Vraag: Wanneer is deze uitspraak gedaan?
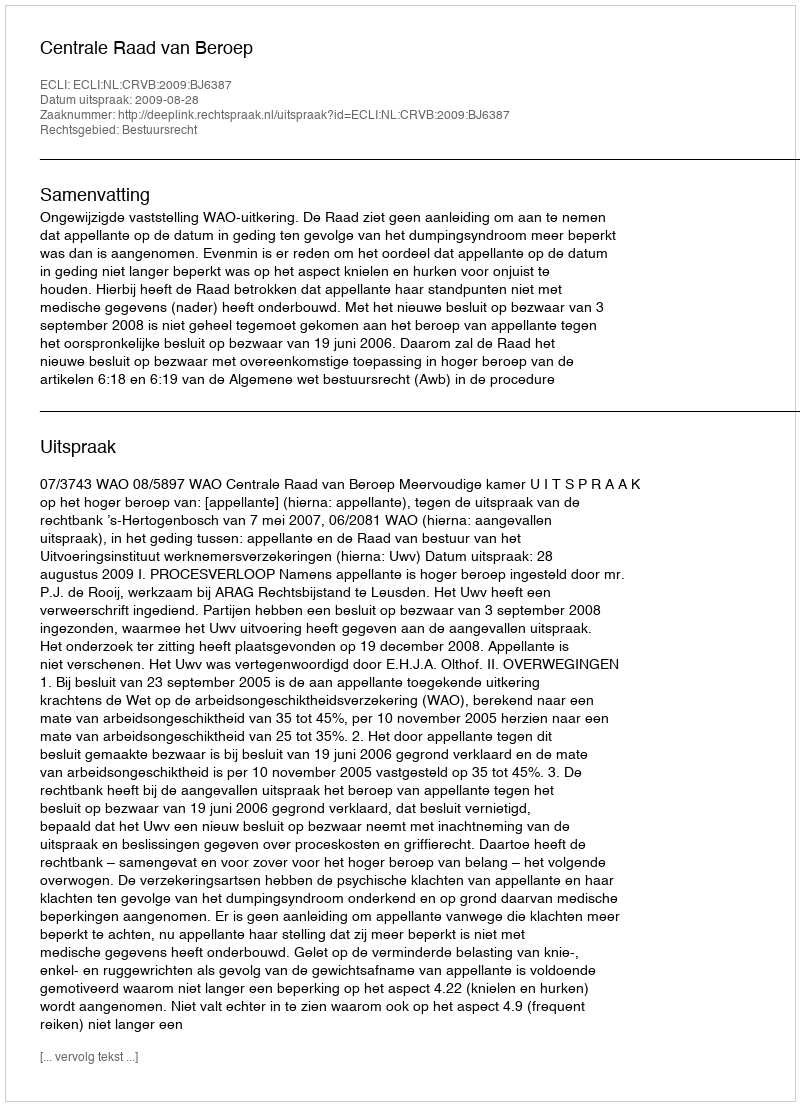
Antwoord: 2009-08-28